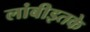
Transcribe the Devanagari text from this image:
लांबीइतके